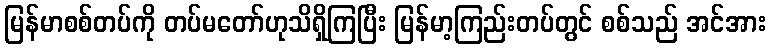
မြန်မာစစ်တပ်ကို တပ်မတော်ဟုသိရှိကြပြီး မြန်မာ့ကြည်းတပ်တွင် စစ်သည် အင်အား